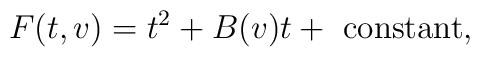
F(t,v)=t^2+B(v)t+\hbox { constant},